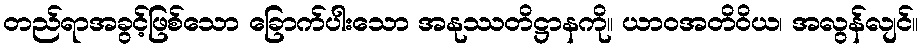
တည်ရာအခွင့်ဖြစ်သော ခြောက်ပါးသော အနုဿတိဋ္ဌာနကို။ ယာဝအတိဝိယ၊ အလွန်လျင်။